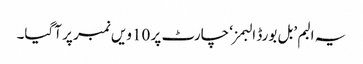
یہ البم ’بل بورڈ البمز‘ چارٹ پر 10ویں نمبر پر آگیا۔